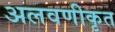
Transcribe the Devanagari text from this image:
अलवणीकृत